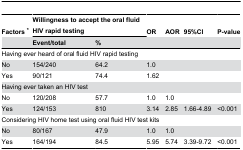
| Factors * | <COLSPAN=2> Willingness to accept the oral fluid HIV rapid testing | OR | AOR | 95%CI | P-value |
 |  | Event/total | % |  |  |  |  |
 | --- | --- | --- | --- | --- | --- | --- |
 | <COLSPAN=7> Having ever heard of oral fluid HIV rapid testing |
 | No | 154/240 | 64.2 | 1.0 |  |  |  |
 | Yes | 90/121 | 74.4 | 1.62 |  |  |  |
 | <COLSPAN=7> Having ever taken an HIV test |
 | No | 120/208 | 57.7 | 1.0 | 1.0 |  |  |
 | Yes | 124/153 | 810 | 3.14 | 2.85 | 1.66-4.89 | <0.001 |
 | <COLSPAN=7> Considering HIV home test using oral fluid HIV test kits |
 | No | 80/167 | 47.9 | 1.0 | 1.0 |  |  |
 | Yes | 164/194 | 84.5 | 5.95 | 5.74 | 3.39-9.72 | <0.001 |